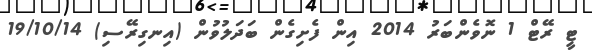
ޓީ ރޭޓް 1 ނޮވެންބަރު 2014 އިން ފެށިގެން ބަދަލުވުން (އިނގިރޭސި) 19/10/14